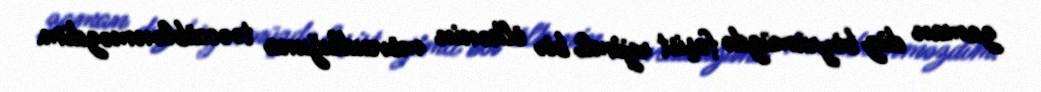
zaman düz böyrümüzdə faşist rejimli bir ölkənin mövcudluğuna təəccüblənməzdim.